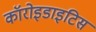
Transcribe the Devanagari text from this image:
कॉरोइडाइटिस